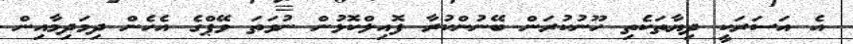
އެ އަސަރަކީ ދިޔާތަކެތި ހޫނުކުރަން ބޭނުންކުރާ ފޮއިލްކޮޅުން ނުވަތަ ވޭޕްގެ އެހެން ދިމަދިމާއިން